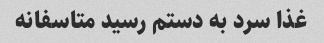
غذا سرد به دستم رسید متاسفانه